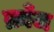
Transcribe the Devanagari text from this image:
क्राँज